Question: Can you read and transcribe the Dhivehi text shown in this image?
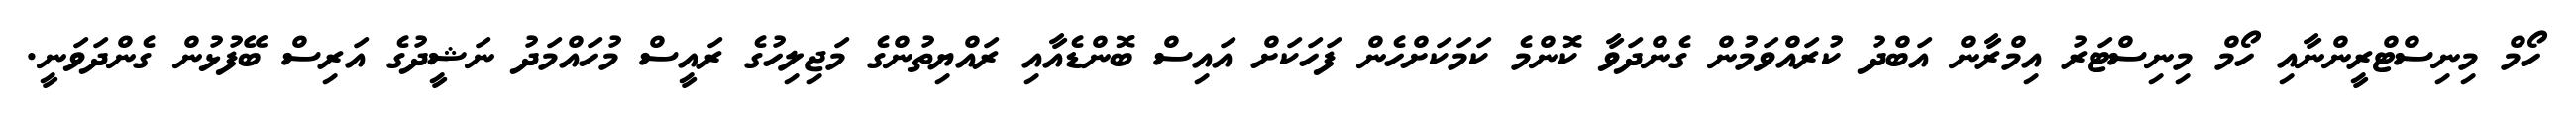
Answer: ހޯމް މިނިސްޓްރީންނާއި ހޯމް މިނިސްޓަރު އިމްރާން އަބްދު ކުރައްވަމުން ގެންދަވާ ކޮންމެ ކަމަކަށްހެން ފަހަކަށް އައިސް ބޮންޑެއާއި ރައްޔިތުންގެ މަޖިލިހުގެ ރައީސް މުހައްމަދު ނަޝީދުގެ އަރިސް ބޭފުޅުން ގެންދަވަނީ.